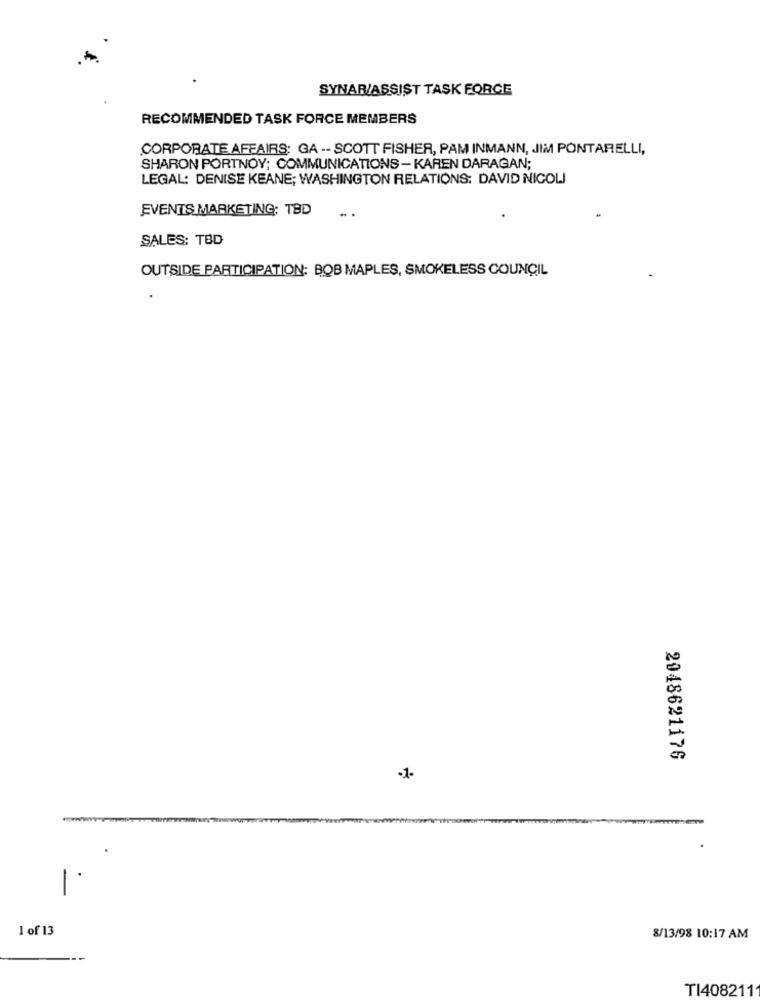
SYNAR/ASSIST TASK FORCE
RECOMMENDED TASK FORCE MEMBERS
CORPORATE AFFAIRS: GA -- SCOTT FISHER, PAM INMANN, JIM PONTARELLI,
SHARON PORTNOY; COMMUNICATIONS - KAREN DARAGAN;
LEGAL: DENISE KEANE; WASHINGTON RELATIONS: DAVID NICOLI
EVENTS MARKETING: TBD
SALES: TBD
OUTSIDE PARTICIPATION: BOB MAPLES, SMOKELESS COUNCIL
2048621176
-1-
1 of 13
8/13/98 10:17 AM
TI4082111